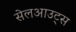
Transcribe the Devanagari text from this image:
सेलआउट्स